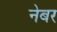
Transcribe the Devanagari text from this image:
नेबर